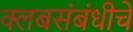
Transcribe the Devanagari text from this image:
क्लबसंबंधीचे